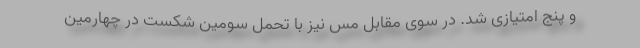
و پنج امتیازی شد. در سوی مقابل مس نیز با تحمل سومین شکست در چهارمین